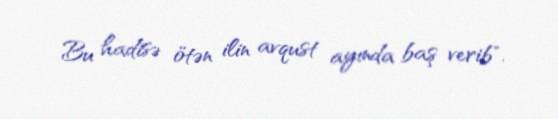
Bu hadisə ötən ilin avqust ayında baş verib".